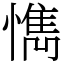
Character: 懏